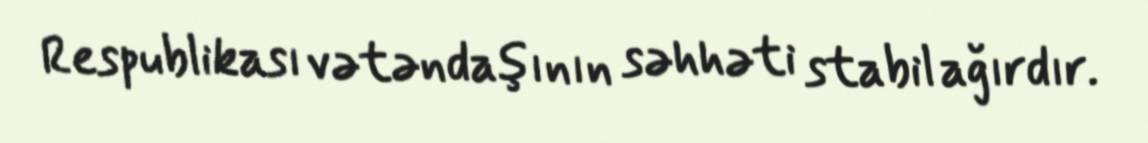
Respublikası vətəndaşının səhhəti stabil ağırdır.